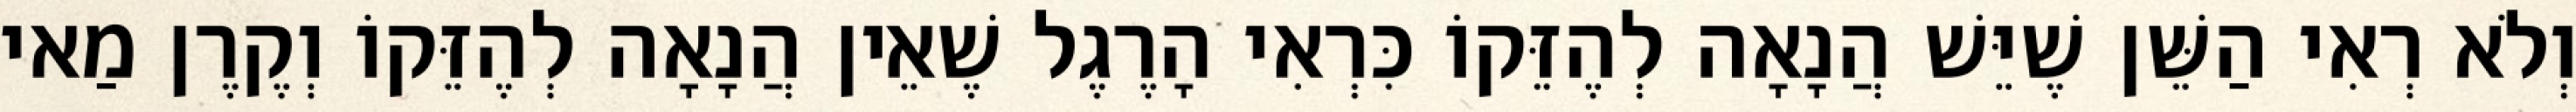
וְלֹא רְאִי הַשֵּׁן שֶׁיֵּשׁ הֲנָאָה לְהֶזֵּקוֹ כִּרְאִי הָרֶגֶל שֶׁאֵין הֲנָאָה לְהֶזֵּקוֹ וְקֶרֶן מַאי